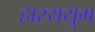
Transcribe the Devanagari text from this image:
हास्ययुग